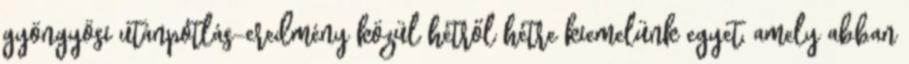
gyöngyösi utánpótlás-eredmény közül hétről hétre kiemelünk egyet, amely abban